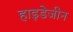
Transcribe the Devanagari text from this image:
हाइडेजीन